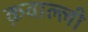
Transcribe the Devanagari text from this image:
क़वाल्ली